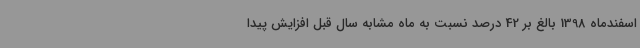
اسفندماه 1398 بالغ بر 42 درصد نسبت به ماه مشابه سال قبل افزایش پیدا